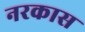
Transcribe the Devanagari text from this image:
नरकास